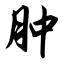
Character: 肿